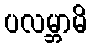
ပလမ္ဘာမိ